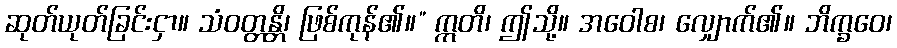
ဆုတ်ယုတ်ခြင်းငှာ။ သံဝတ္တန္တိ၊ ဖြစ်ကုန်၏။” ဣတိ၊ ဤသို့။ အဝေါစ၊ လျှောက်၏။ ဘိက္ခဝေ၊